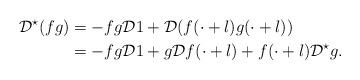
LaTeX: \begin{align*} \mathcal{D}^{\star}(f g) & = - fg \mathcal{D}1 + \mathcal{D}(f(\cdot+l)g(\cdot+l)) \\ & = - f g \mathcal{D}1 + g \mathcal{D}f(\cdot+l) + f(\cdot+l) \mathcal{D}^{\star}g. \end{align*}